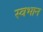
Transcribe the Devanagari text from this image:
स्वभान